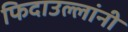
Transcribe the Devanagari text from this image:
फिदाउल्लांनी